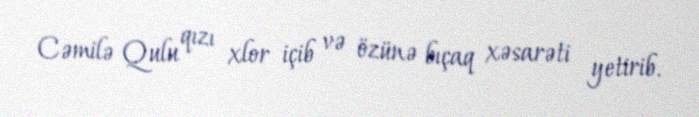
Cəmilə Qulu qızı xlor içib və özünə bıçaq xəsarəti yetirib.